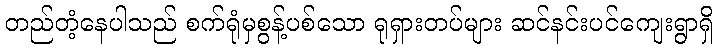
တည်တံ့နေပါသည် စက်ရုံမှစွန့်ပစ်သော ရုရှားတပ်များ ဆင်နင်းပင်ကျေးရွာရှိ